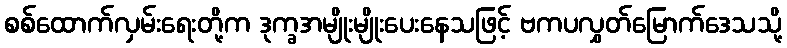
စစ်ထောက်လှမ်းရေးတို့က ဒုက္ခအမျိုးမျိုးပေးနေသဖြင့် ဗကပလွှတ်မြောက်ဒေသသို့